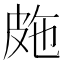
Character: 𭽤